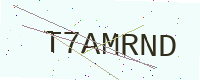
Text: T7AMRND